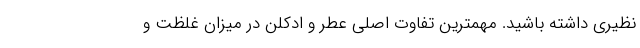
نظیری داشته باشید. مهمترین تفاوت اصلی عطر و ادکلن در میزان غلظت و